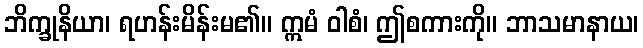
ဘိက္ခုနိယာ၊ ရဟန်းမိန်းမ၏။ ဣမံ ဝါစံ၊ ဤစကားကို။ ဘာသမာနာယ၊